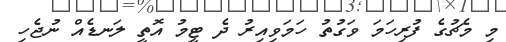
މި މެޗުގެ ފުރިހަމަ ވަގުތު ހަމަވިއިރު ދެ ޓީމު އޮތީ ލަނޑެއް ނުޖެހި